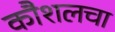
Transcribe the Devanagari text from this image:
कौशलचा